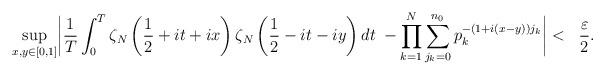
LaTeX: \begin{align*}\sup_{x,y\in[0,1]}&\bigg|\frac{1}{T}\int_0^T\zeta_N\left(\frac{1}{2}+it+ix\right)\zeta_N\left(\frac{1}{2}-it-iy\right)dt \; -\prod_{k=1}^N \sum_{j_k=0}^{n_0} p_k^{-(1+i(x-y))j_k}\bigg|< &\frac{\varepsilon}{2}.\end{align*}